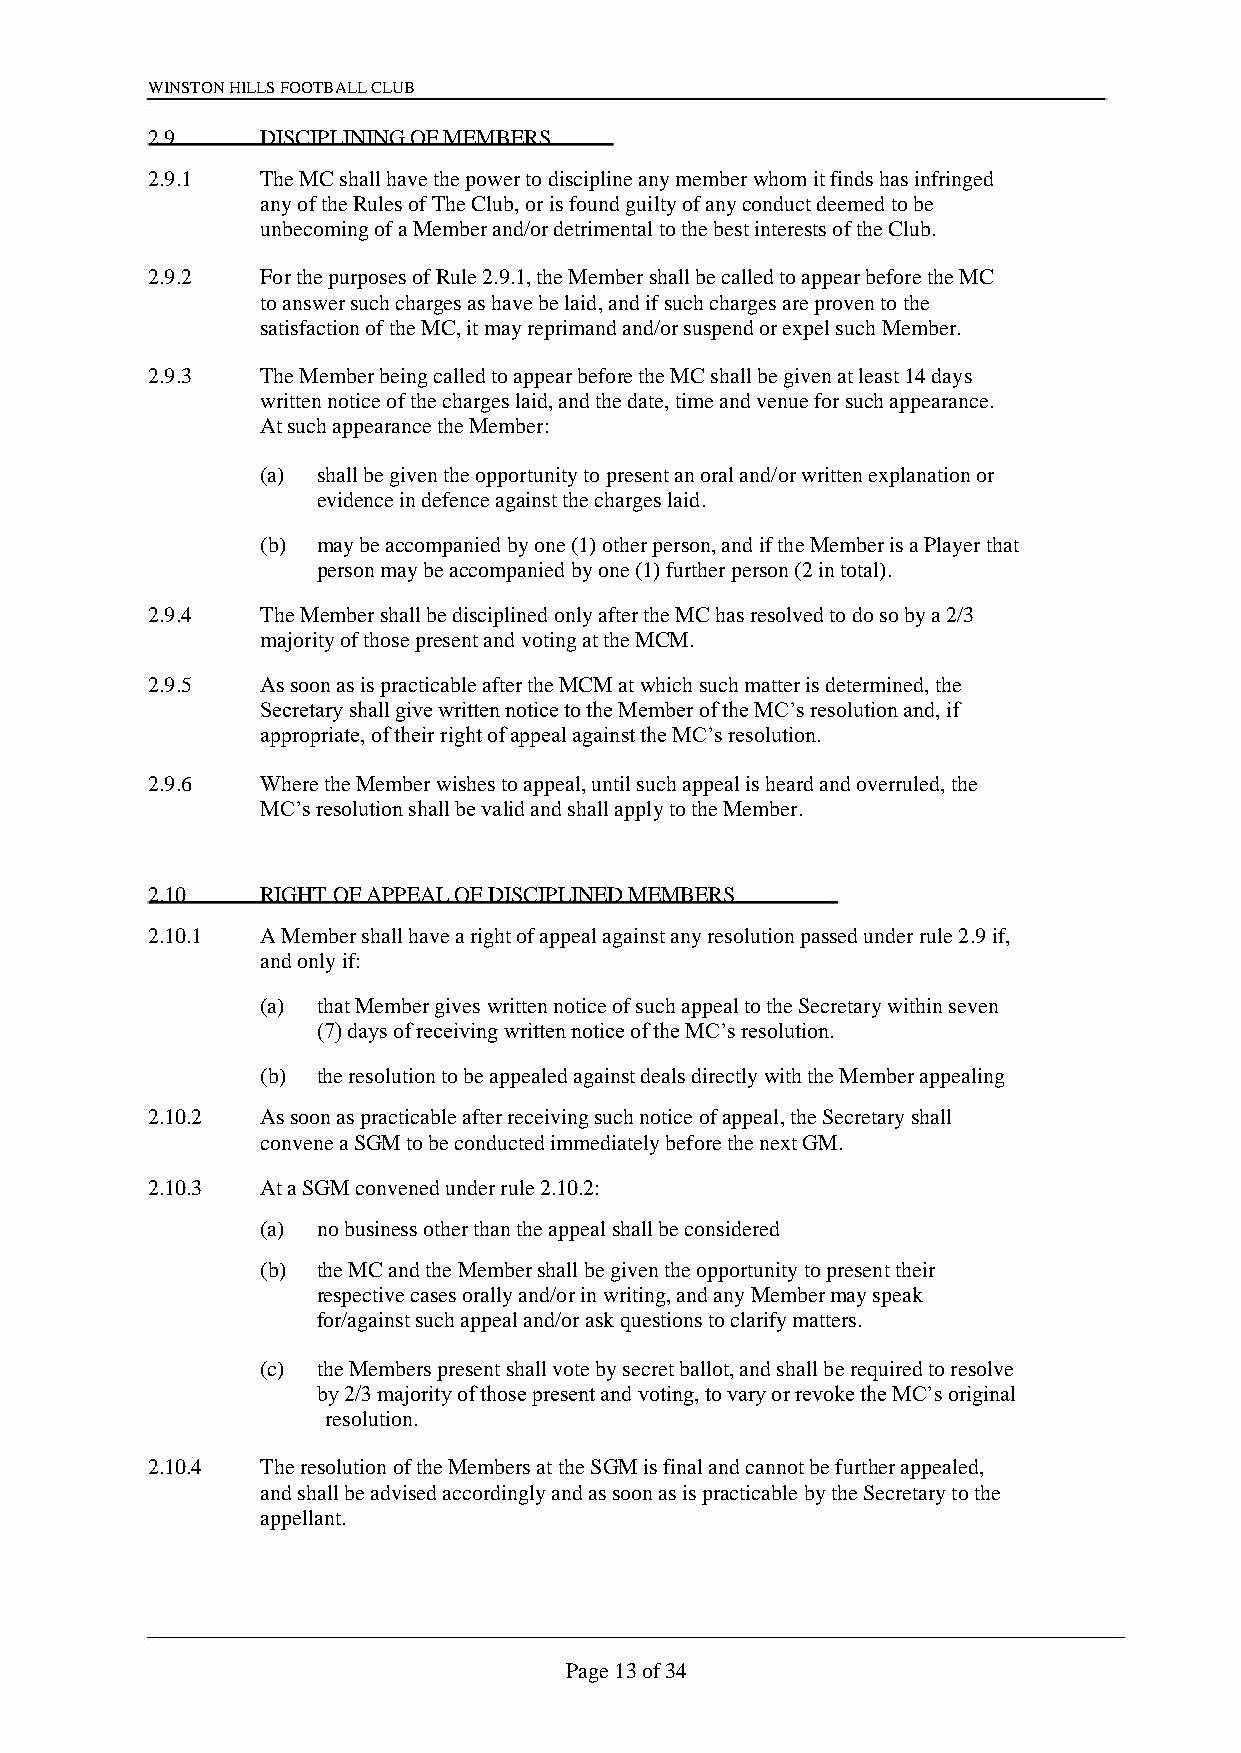
WINSTON HILLS FOOTBALL CLUB
 2.9    DISCIPLINING OF MEMBERS
 2.9.1  The MC shall have the power to discipline any member whom it finds has infringed
 any of the Rules of The Club, or is found guilty of any conduct deemed to be
 unbecoming of a Member and/or detrimental to the best interests of the Club.
 2.9.2  For the purposes of Rule 2.9.1, the Member shall be called to appear before the MC
 to answer such charges as have be laid, and if such charges are proven to the
 satisfaction of the MC, it may reprimand and/or suspend or expel such Member.
 2.9.3  The Member being called to appear before the MC shall be given at least 14 days
 written notice of the charges laid, and the date, time and venue for such appearance.
 At such appearance the Member:
 (a) shall be given the opportunity to present an oral and/or written explanation or
 evidence in defence against the charges laid.
 (b) may be accompanied by one (1) other person, and if the Member is a Player that
 person may be accompanied by one (1) further person (2 in total).
 2.9.4  The Member shall be disciplined only after the MC has resolved to do so by a 2/3
 majority of those present and voting at the MCM.
 2.9.5  As soon as is practicable after the MCM at which such matter is determined, the
 Secretary shall give written notice to the Member of the MC’s resolution and, if
 appropriate, of their right of appeal against the MC’s resolution.
 2.9.6  Where the Member wishes to appeal, until such appeal is heard and overruled, the
 MC’s resolution shall be valid and shall apply to the Member.
 2.10   RIGHT OF APPEAL OF DISCIPLINED MEMBERS
 2.10.1 A Member shall have a right of appeal against any resolution passed under rule 2.9 if,
 and only if:
 (a) that Member gives written notice of such appeal to the Secretary within seven
 (7) days of receiving written notice of the MC’s resolution.
 (b) the resolution to be appealed against deals directly with the Member appealing
 2.10.2 As soon as practicable after receiving such notice of appeal, the Secretary shall
 convene a SGM to be conducted immediately before the next GM.
 2.10.3 At a SGM convened under rule 2.10.2:
 (a) no business other than the appeal shall be considered
 (b) the MC and the Member shall be given the opportunity to present their
 respective cases orally and/or in writing, and any Member may speak
 for/against such appeal and/or ask questions to clarify matters.
 (c) the Members present shall vote by secret ballot, and shall be required to resolve
 by 2/3 majority of those present and voting, to vary or revoke the MC’s original
 resolution.
 2.10.4 The resolution of the Members at the SGM is final and cannot be further appealed,
 and shall be advised accordingly and as soon as is practicable by the Secretary to the
 appellant.
 Page 13 of 34